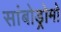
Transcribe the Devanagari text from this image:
सांबोड्रोमो